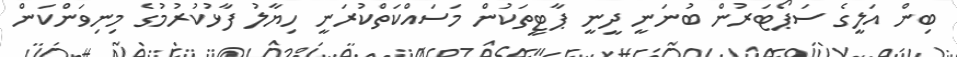
ބިން އަލީގެ ސަޕޯޓަރުން ބުނަނީ ދީނީ ޕާޓީތަކުން މަސައްކަތްކުރަނީ ހިޔާލު ފާޅުކުރުމުގެ މިނިވަންކަން